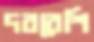
দরবেশি